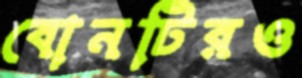
বোনটিরও